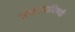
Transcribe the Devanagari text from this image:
संघटनाविषयी